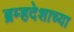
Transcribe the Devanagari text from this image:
ब्रम्हदेशाच्या